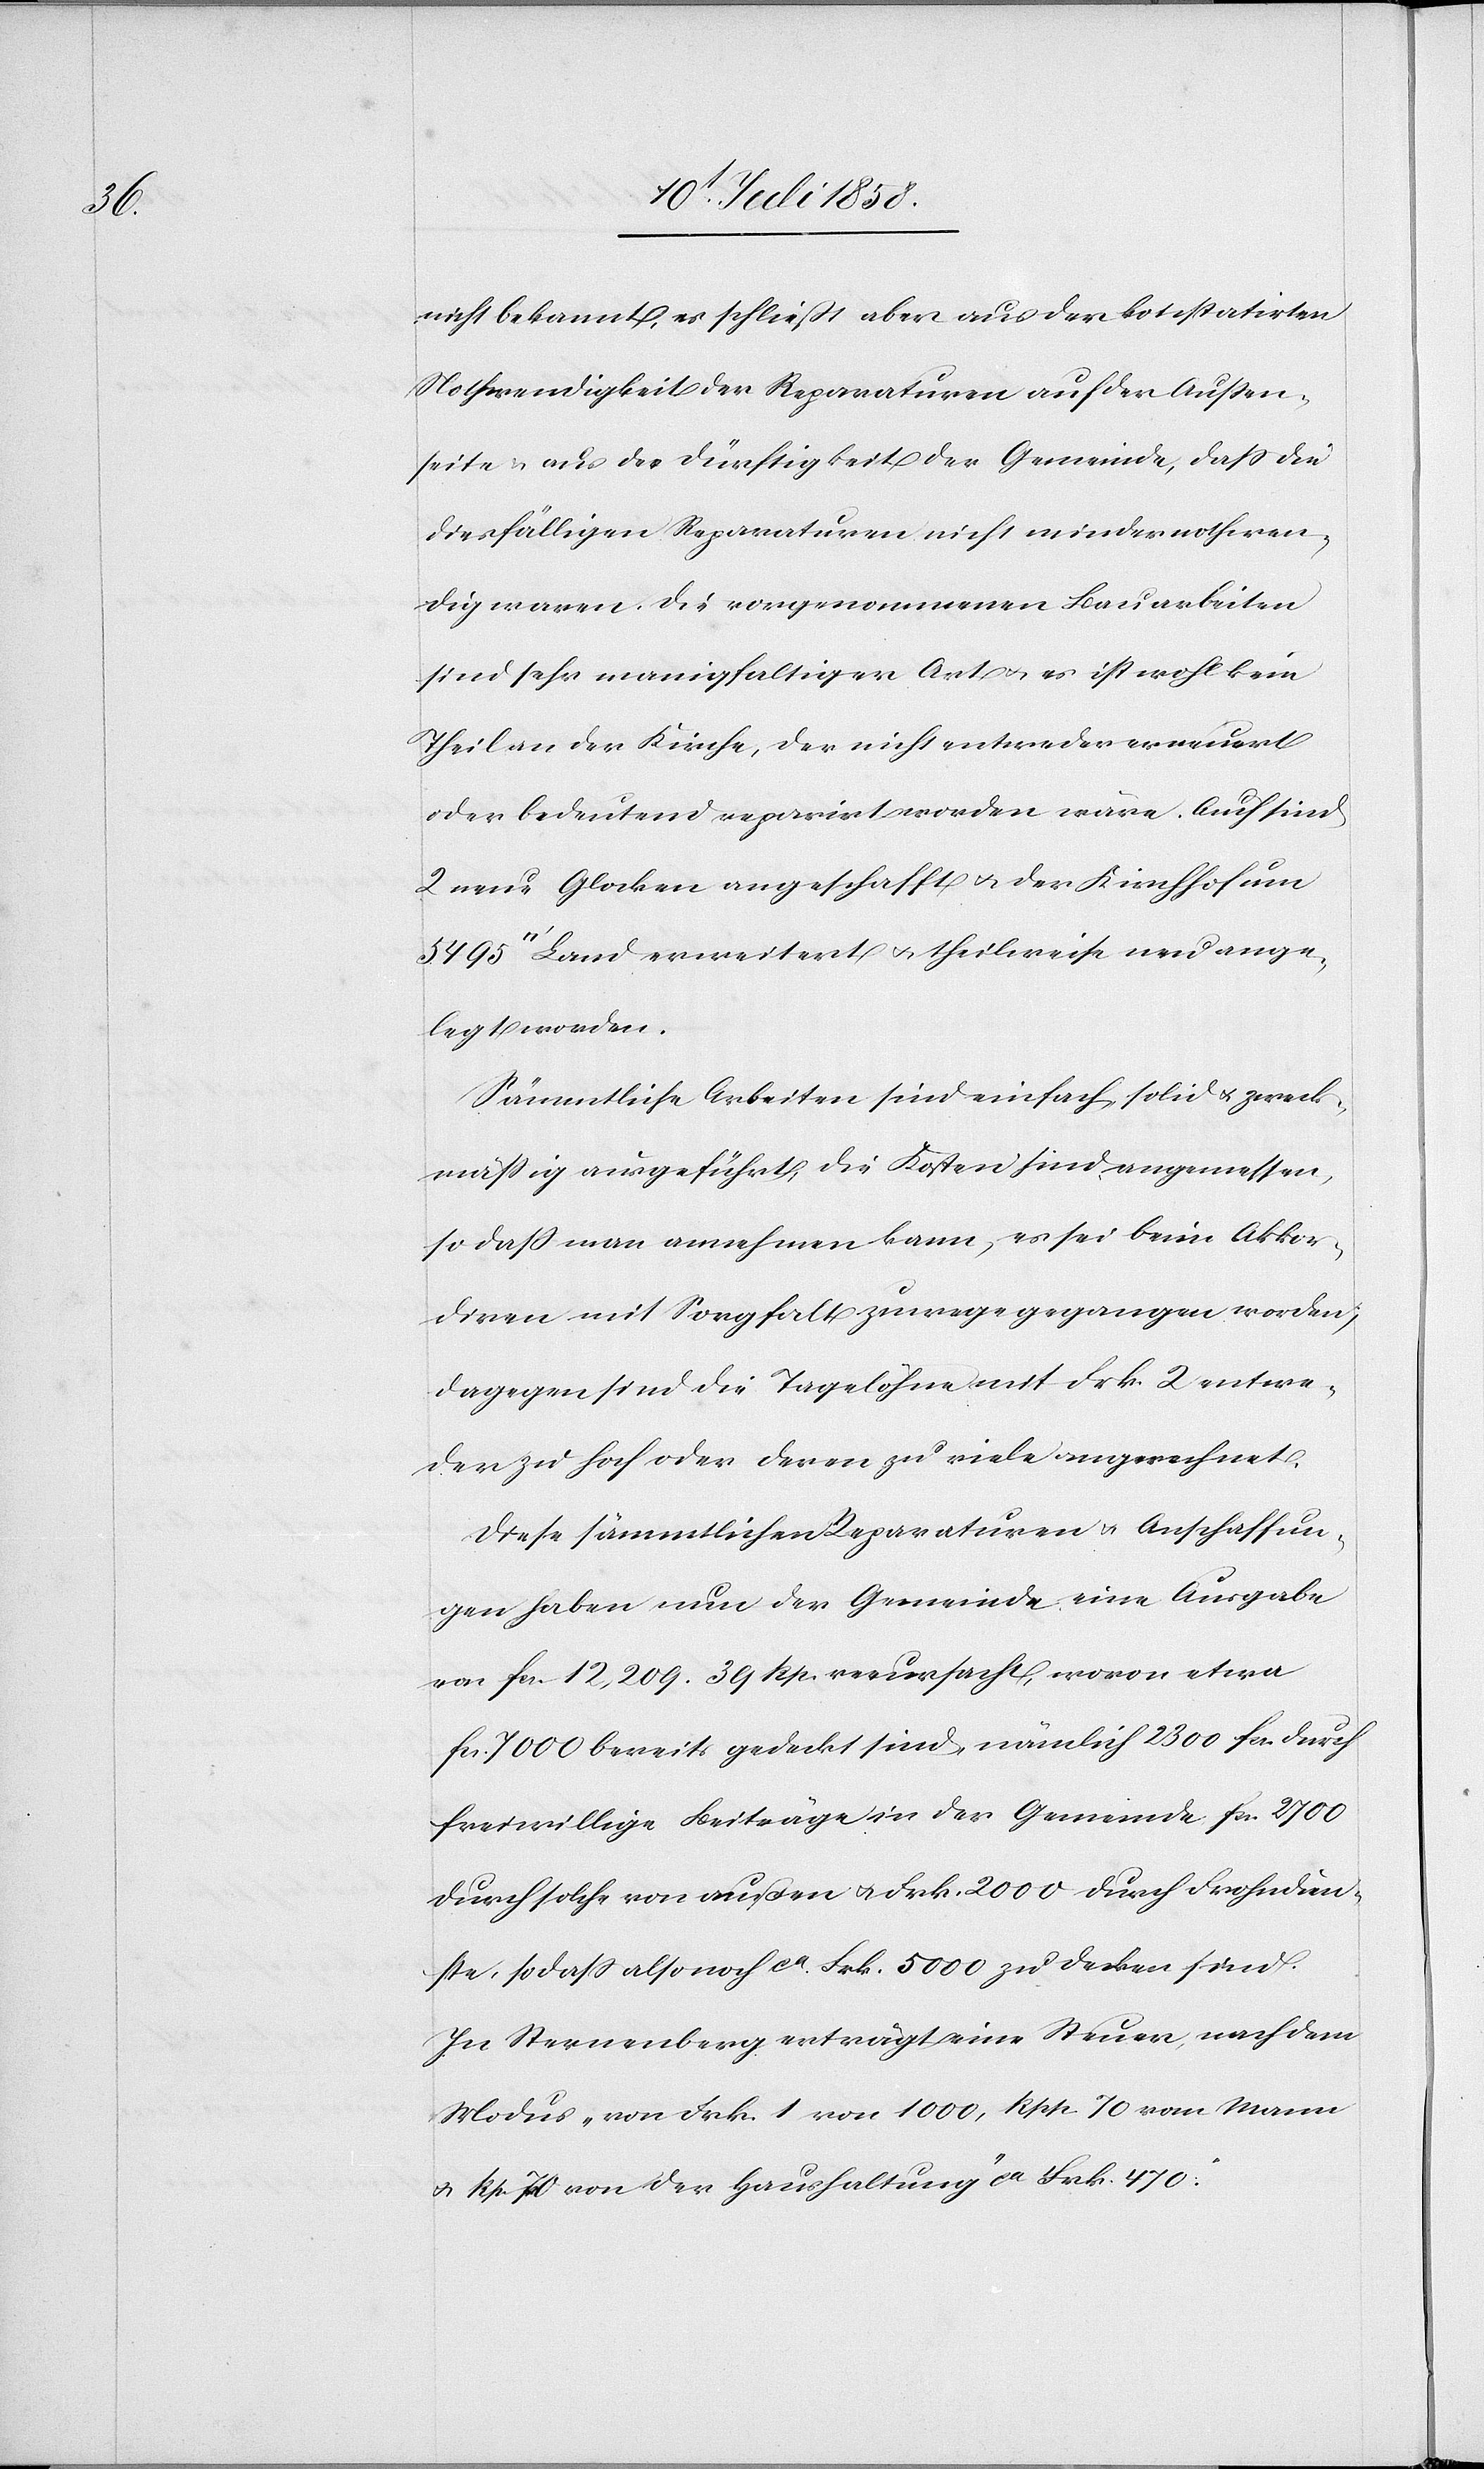
nicht bekannt, es schließt aber aus der konstatirten
Nothwendigkeit der Reparaturen auf der Aussen¬
seite & aus der Dürftigkeit der Gemeinde, dass die
diesfälligen Reparaturen nicht minder nothwen¬
dig waren. Die vorgenommenen Bauarbeiten
sind sehr manigfaltiger Art & es ist wohl kein
Theil an der Kirche, der nicht entweder erneuert
oder bedeutend reparirt worden wäre. Auch sind
2 neue Glocken angeschafft & der Kirchhof um
[Quadratfuß] Land erweitert & theilweise neu ange¬
legt worden.
Sämmtliche Arbeiten sind einfach, solid & zweck¬
mässig ausgeführt, die Kosten sind angemessen,
so dass man annehmen kann, es sei beim Akkor¬
diren mit Sorgfalt zuwege gegangen worden;
dagegen sind die Tagelöhne mit Frk. 2 entwe¬
der zu hoch oder deren zu viele angerechnet.
Diese sämmtlichen Reparaturen & Anschaffun¬
gen haben nun der Gemeinde eine Ausgabe
von fcs. 12,209. 39 Rp. verursacht, wovon etwa
fcs. 7000 bereits gedeckt sind, nämlich 2300 fcs. durch
freiwillige Beiträge in der Gemeinde[,] fcs. 2700
durch solche von außen & Frk. 2000 durch Frohndien¬
ste, so dass also noch ca. Frk. 5000 zu decken sind.
In Sternenberg erträgt eine Steuer, nach dem
Modus „von Frk. 1 von 1000, Rpp. 70 vom Mann
& Rp. 70 von der Haushaltung“ ca Frk. 470.